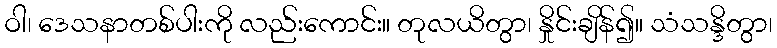
ဝါ၊ ဒေသနာတစ်ပါးကို လည်းကောင်း။ တုလယိတွာ၊ နှိုင်းချိန်၍။ သံသန္ဒိတွာ၊